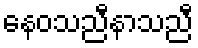
နေဝသညီနာသညီ